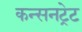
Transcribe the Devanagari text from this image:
कन्सनट्रेट